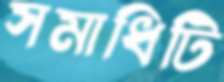
সমাধিটি